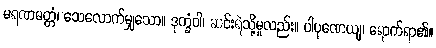
မရဏမတ္တံ၊ သေလောက်မျှသော။ ဒုက္ခံဝါ၊ ဆင်းရဲသို့မူလည်း။ ပါပုဏေယျ၊ ရောက်ရာ၏။